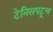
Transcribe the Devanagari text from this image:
टेनिसपटूच